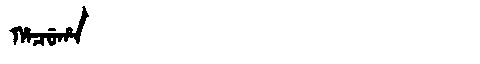
Manchu: ᡥᠠᠴᡠᡥᠠ
Romanization: HACUHA